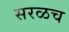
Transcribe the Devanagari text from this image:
सरळच